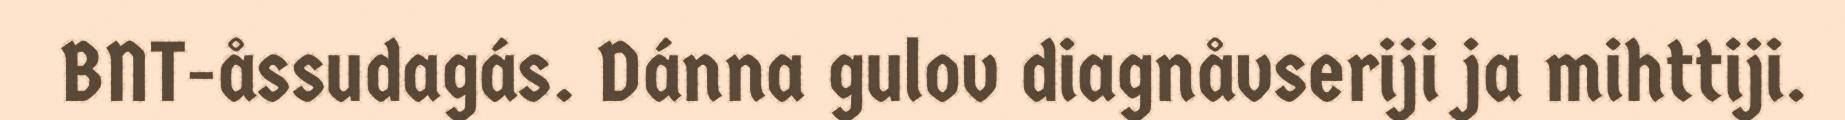
BNT-åssudagás. Dánna gulov diagnåvseriji ja mihttiji.